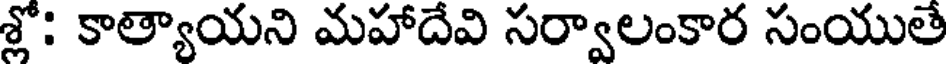
శ్లో: కాత్యాయని మహాదేవి సర్వాలంకార సంయుతే